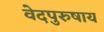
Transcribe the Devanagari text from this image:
वेदपुरुषाय